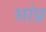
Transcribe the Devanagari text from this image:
सांप्र